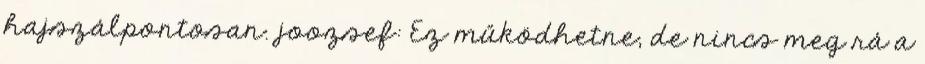
hajszálpontosan. joozsef: Ez működhetne, de nincs meg rá a